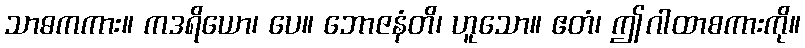
သာဓကကား။ ကဒရိယော၊ ပေ။ ဘောဇနံတိ၊ ဟူသော။ ဧတံ၊ ဤဂါထာစကားကို။